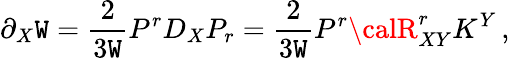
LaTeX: \partial_{X}\mathtt{W}=\frac{{2}}{{3\mathtt{W}}}P^{r}D_{X}P_{r}=\frac{{2}}{{3\mathtt{W}}}P^{r}{\calR}_{XY}^{r}K^{Y}\, ,